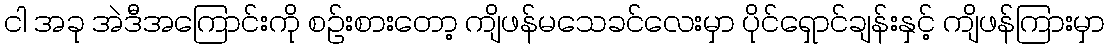
ငါ အခု အဲဒီအကြောင်းကို စဥ်းစားတော့ ကျိဖန်မသေခင်လေးမှာ ပိုင်ရှောင်ချန်းနှင့် ကျိဖန်ကြားမှာ